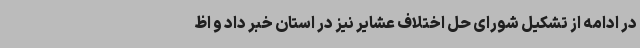
در ادامه از تشکیل شورای حل اختلاف عشایر نیز در استان خبر داد و اظ